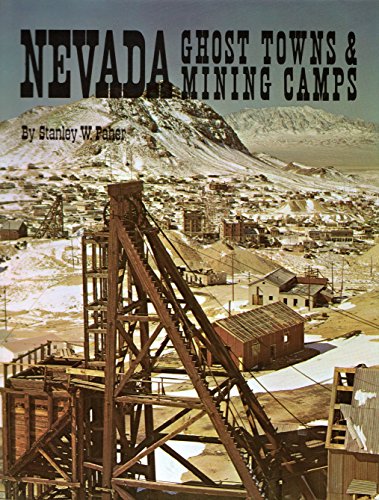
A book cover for Nevada Ghost Towns and Mining Camps; Stanley W. Paher; Travel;